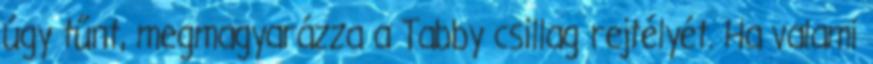
úgy tűnt, megmagyarázza a Tabby csillag rejtélyét. Ha valami